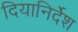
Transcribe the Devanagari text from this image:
दियानिर्देश